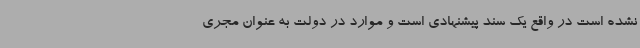
نشده است در واقع یک سند پیشنهادی است و موارد در دولت به عنوان مجری